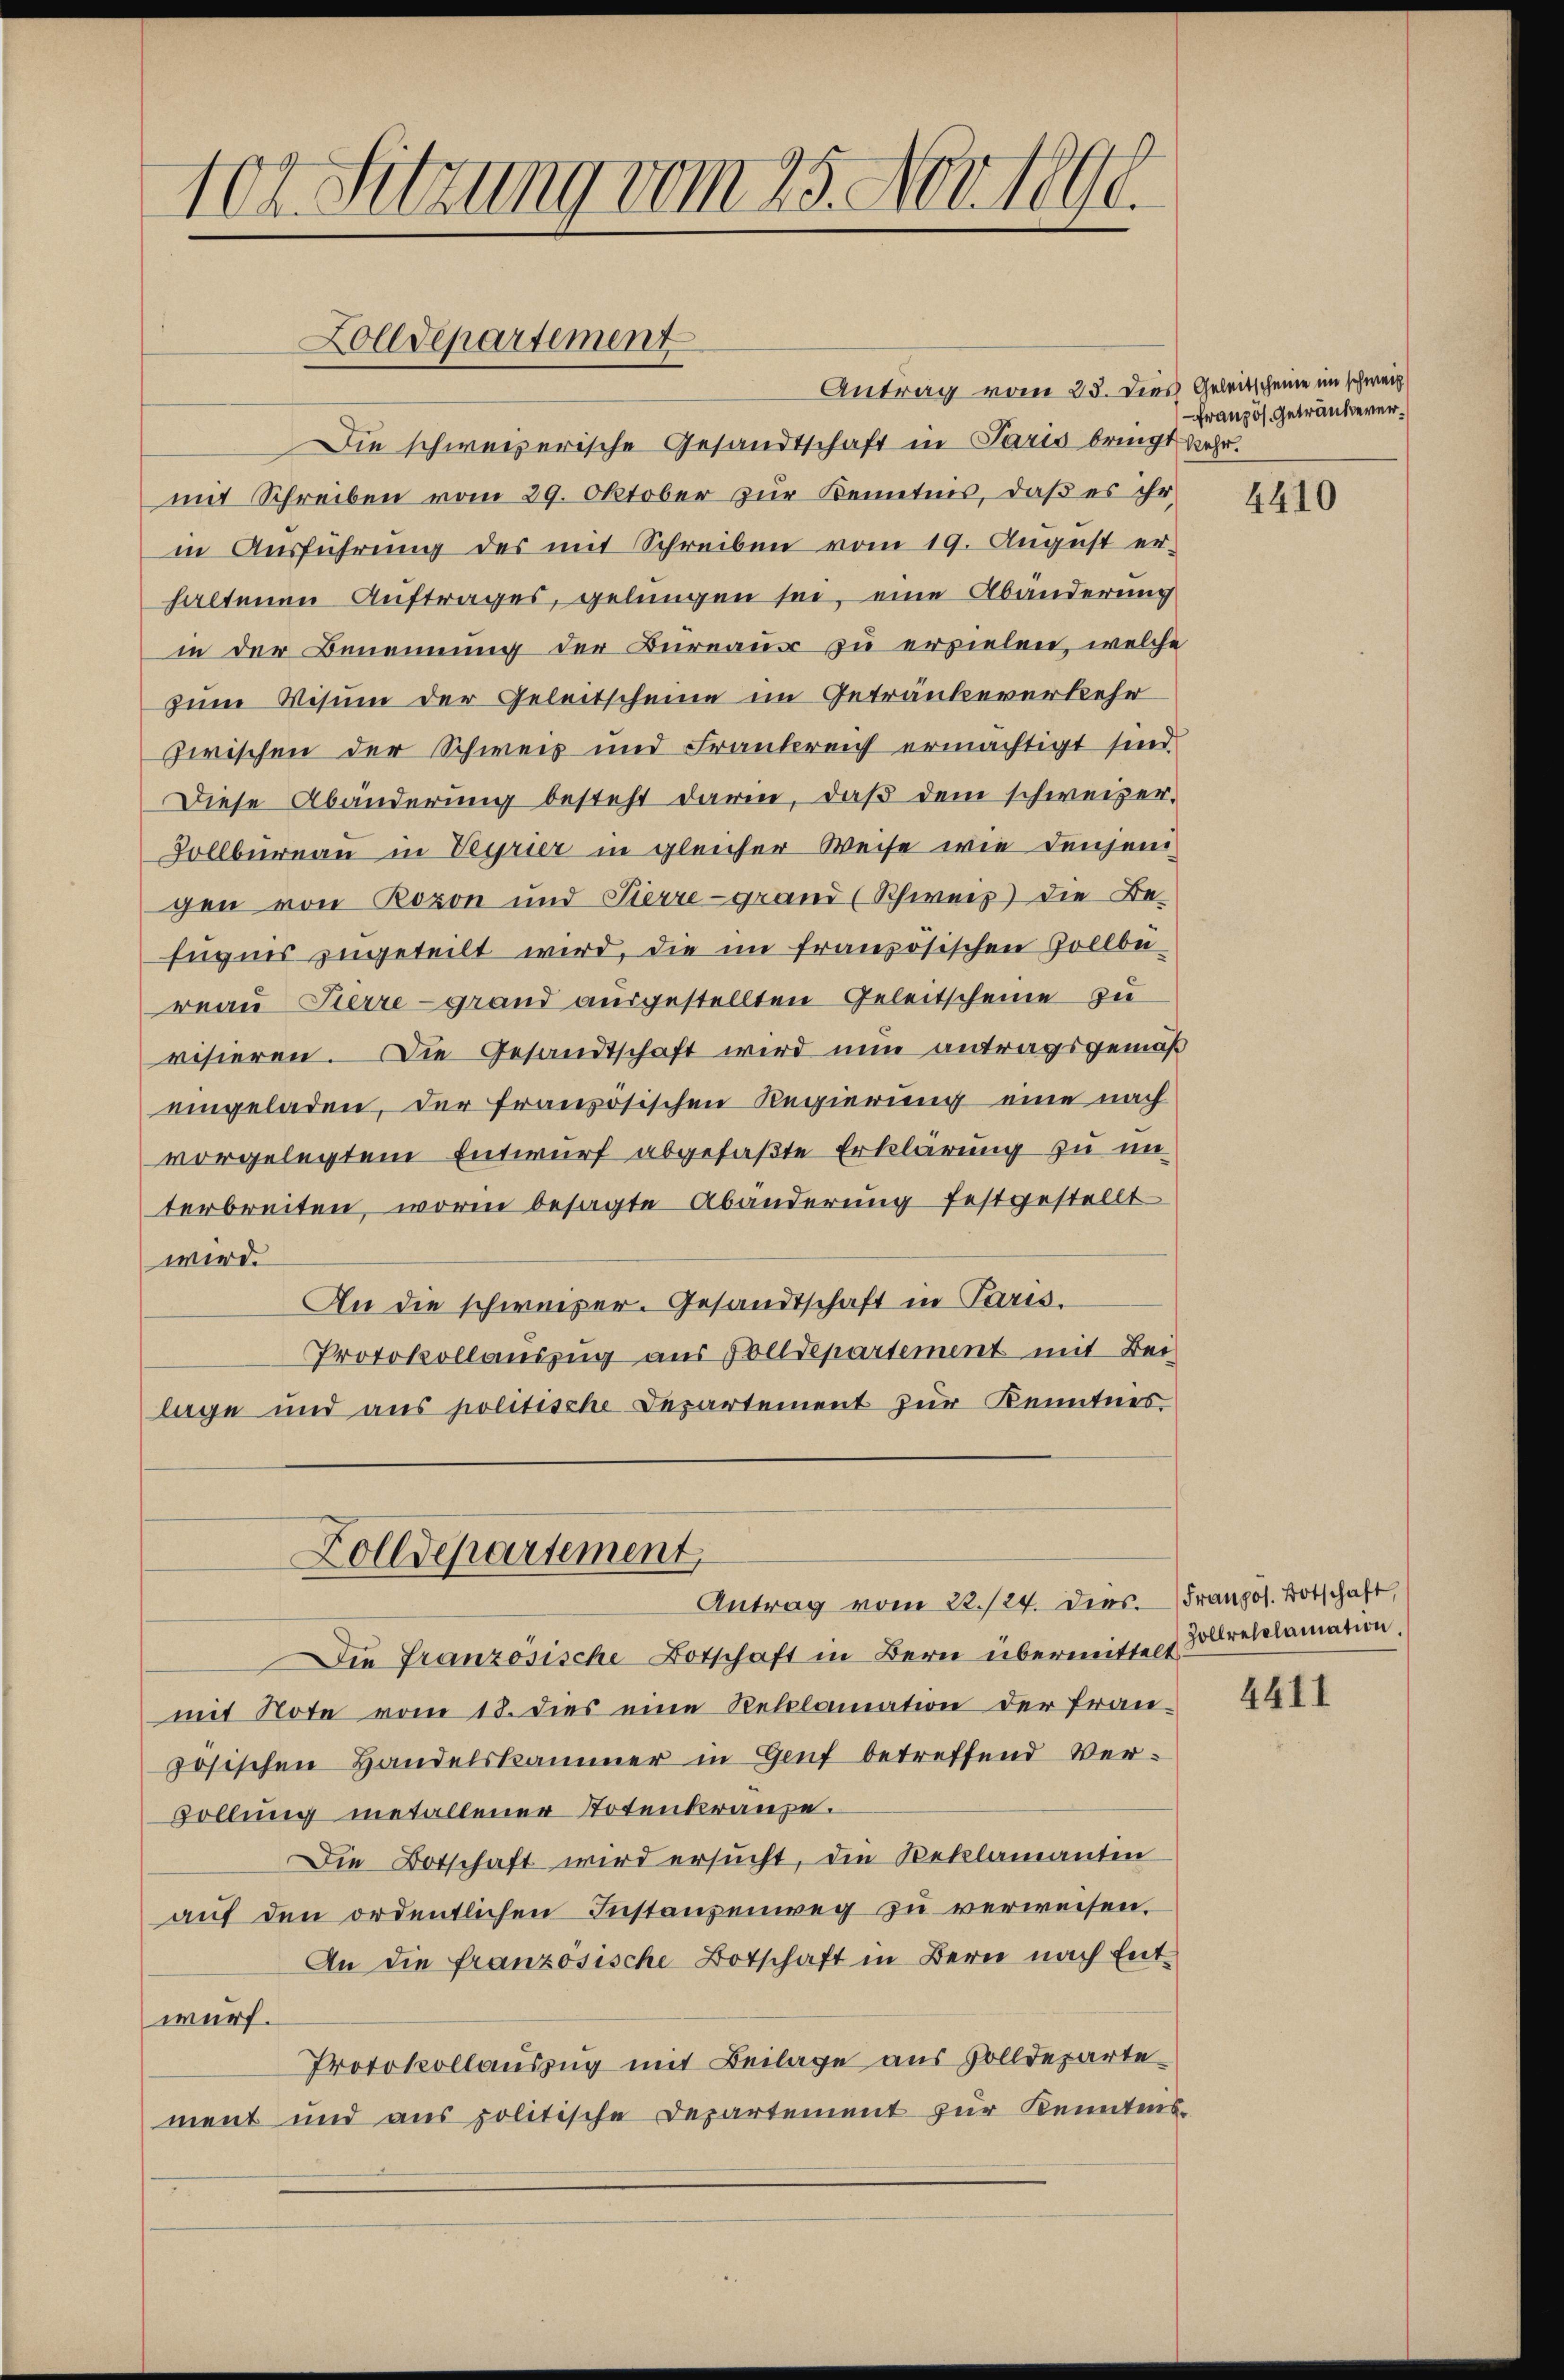
10t Setzung vom 25. Nov. 1890.

Zolldepartement

Antrag vom 23. Dies Geleitscheine im schweiz.
Die schweizerische Gesandtschaft in Paris bringt mehr.
mit Schreiben vom 29. Oktober zŭr Kenntnis, daβ es ihr
in Ausführung des mit Schreiben vom 19. August er-
haltenen Auftrages, gelungen sei, eine Abänderung
in der Benennung der Bureaus zu erzielen, welche
zum Visum der Geleitscheine im Getränkererkehr
zwischen der Schweis und Frankreich ermächtigt sind.
Diese Abänderung besteht darin, daß dem schweizer-
Sollbüreau in Verrier in gleicher Weise wie denjenigen von Rozon und Pierre-grand (Schweiz) die Be-
Eugnis zugeteilt wird, die im französischen Zollber-
reau Pierre grand ausgestellten Geleitscheine zu
visieren. Die Gesandtschaft wird nun antragsgemäß
eingeladen, der französischen Regierung eine nach
vorgelegtem Entwurf abgefaßte Erklärung zu in
terbreiten, worin besagte Abänderung festgestellt
wird.
An die schweizer. Gesandtschaft in Paris.
Protokollauszug aus Polldepartement mit Bei
lage und aus politische Departement zur Kenntnis

Zolldepartement,
Antrag vom 22./24. dies. Französ. Botschaft,

Die Französische Botschaft in Bern übermittelt reclamation.
mit Note vom 18. dies eine Reklamation der Fran-
zösischen Handelskammer in Genf betreffend Ver-
vollung metallener Totenkranze.
Die Botschaft wird ersucht, die Beklamanten
aŭf den ordentlichen Instanzenweg zŭ verweisen.
An die französische Botschaft in Bern nach Entwurf.
Protokollauszug mit Beilage aus Zolldeparte
ment und aus politische Departement zur Kenntens-

Französ. Getränkever¬

4410

4411